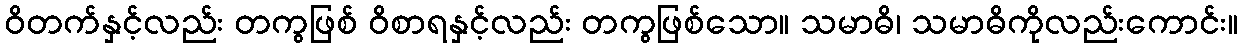
ဝိတက်နှင့်လည်း တကွဖြစ် ဝိစာရနှင့်လည်း တကွဖြစ်သော။ သမာဓိ၊ သမာဓိကိုလည်းကောင်း။